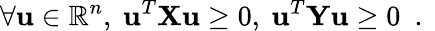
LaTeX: \forall\mathbf{u}\in\mathbb{R}^{n},\ \mathbf{u}^{T}\mathbf{X}\mathbf{u}\geq 0,\ \mathbf{u}^{T}\mathbf{Y}\mathbf{u}\geq 0\ \mathrm{~.~}